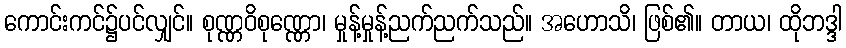
ကောင်းကင်၌ပင်လျှင်။ စုဏ္ဏဝိစုဏ္ဏော၊ မှုန့်မှုန့်ညက်ညက်သည်။ အဟောသိ၊ ဖြစ်၏။ တာယ၊ ထိုဘဒ္ဒါ